Medical and sanitary report of the native army of Bengal for the year
Year: 1875
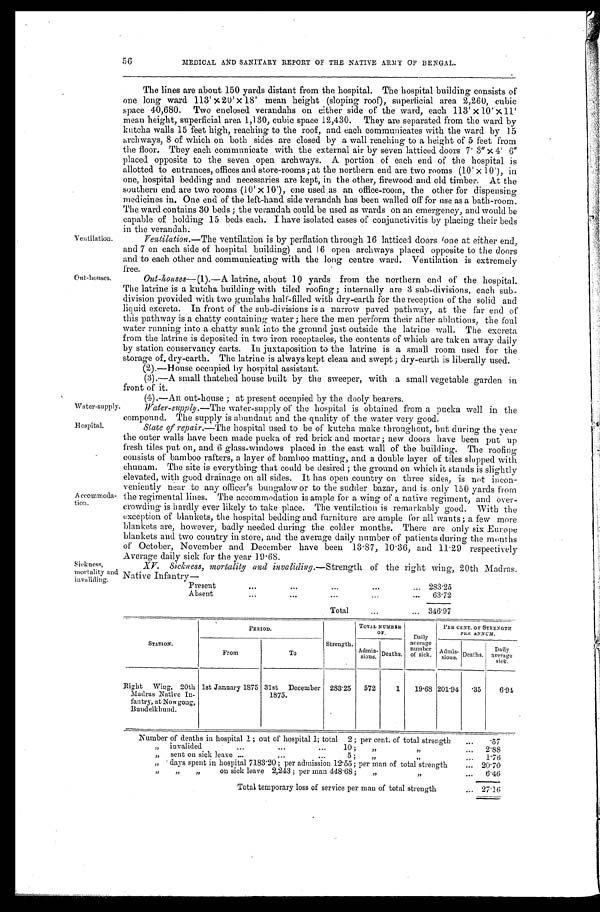
56
MEDICAL AND SANITARY REPORT OF THE NATIVE ARMY OF BENGAL.
Ventilation.
Out-houses.
Water-supply.
The lines are about 150 yards distant from the hospital. The hospital building consists of
one long ward 113'×20'×18' mean height (sloping roof), superficial area 2,260, cubic
space 40,680. Two enclosed verandahs on either side of the ward, each 113'×10'×11'
mean height, superficial area 1,130, cubic space 12,430. They are separated from the ward by
kutcha walls 15 feet high, reaching to the roof, and each communicates with the ward by 15
archways, 8 of which on both sides are closed by a wall reaching to a height of 5 feet from
the floor. They each communicate with the external air by seven latticed doors 7' 3"×4' 6"
placed_ opposite to the seven open archways. A portion of each end of the hospital is
allotted to entrances, offices and store-rooms; at the northern end are two rooms (10'×10'), in
one, hospital bedding and necessaries are kept, in the other, firewood and old timber. At the
southern end are two rooms (10'×10'), one used as an office-room, the other for dispensing
medicines in. One end of the left-hand side verandah has been walled off for use as a bath-room.
The ward contains 30 beds ; the verandah could be used as wards on an emergency, and would be
capable of holding 15 beds each. I have isolated cases of conjunctivitis by placing their beds
in the verandah:
Ventilation.— The ventilation is by perflation through 16 latticed doors one at either end,
and 7 on each side of hospital building) and 16 open archways placed opposite to the doors
and to each other and communicating with the long centre ward. Ventilation is extremely
free.
Out-houses— (1) .— A latrine, about 10 yards from the northern end of the hospital.
The latrine is a kutcha building with tiled roofing ; internally are 3 sub-divisions, each sub-
division provided with two gumlahs half-filled with dry-earth for the reception of the solid and
liquid excreta. In front of the sub-divisions is a narrow paved pathway, at the far end of
this pathway is a chatty containing water ; here the men perform their after ablutions, the foul
water running into a chatty sunk into the ground just outside the latrine wall. The excreta,
from the latrine is deposited in two iron receptacles, the contents of which are taken away daily
by station conservancy carts. In juxtaposition to the latrine is a small room used for the
storage of dry-earth. The latrine is always kept clean and swept ; dry-earth is liberally used.
(2).—House occupied by hospital assistant.
(3).—A small thatched house built by the sweeper, with a small vegetable garden in
front of it.
(4).—An out-house ; at present occupied by the dooly bearers.
Water-supply.— The water-supply of the hospital is obtained from a pucka well in the
compound. The supply is abundant and the quality of the water very good.
Hospital.
Accommoda-
tion.
Sickness,
mortality and
invaliding.
State of repair.— The hospital used to be of kutcha make throughout, but during the year
the outer walls have been made pucka of red brick and mortar ; new doors have been put up
fresh tiles put on, and 6 glass-windows placed in the east wall of the building. The roofing
consists of bamboo rafters, a layer of bamboo matting, and a double layer of tiles slopped with
chunam. The site is everything that could be desired ; the ground on which it stands is slightly
elevated, with good drainage on all sides. It has open country on three sides, is not incon-
-veniently near to any officer's bungalow or to the sudder bazar, and is only 150 yards from
the regimental lines. The accommodation is ample for a wing of a native regiment, and over-
-crowding is hardly ever likely to take place. The ventilation is remarkably good. With the
exception of blankets, the hospital bedding and furniture are ample for all wants; a few more
blankets are, however, badly needed during the colder months. There are only six Europe
blankets and two country in store, and the average daily number of patients during the months
of October, November and December have been 13.87, 10.36, and 11.29 respectively
Average daily sick for the year 19.68.
XV. Sickness, mortality and invaliding.— Strength of the right wing, 20th Madras.
Native Infantry—
Present
.
.
. 283.25
Absent
.
.
.
63.72
Total . . . 346.97
STATION.
PERIOD.
Strength.
TOTAL NUMBER
O F .
Daily
average
number
of sick.
PER CENT. OF STRENGTH
PER ANNUM.
From
To
Admis-
sions. Deaths.
Admis-
s i o n s . Deaths.
Daily
average
sick.
Right Wing, 20th
Madras Native In-
fantry, at Now gong,
Buudelkhund.
1st January 1875 31st December
1875.
283.25
572
1
19.68 201.94
.35
6.94
Number of deaths in hospital 1 ; out of hospital 1; total
" 2 ; p e r c e n t . o f t o t a l s t r e n g t h . . .
.57
"
invalided
.
.
. 1 0 ; " . . . 2.88
" sent on sick leave . . . 5; " . . .
1.76
" days spent in hospital 7183.20 ; per admission 12.55; per man of total strength . . . 20.70
" on sick leave 2,243 ; per man 448.68 ; " . . .
6.46
Total temporary loss of service per man of total strength . . . 27.16